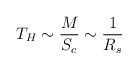
\begin{align*}T_H \sim \frac{M}{S_c} \sim \frac{1}{R_s}\end{align*}